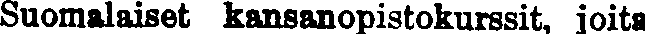
Suomalaiset kansanopistokurssit, joita